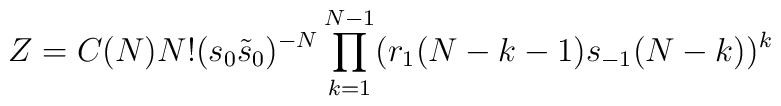
Z = C(N) N! (s_0 {\tilde{s}}_0)^{-N} \prod_{k=1}^{N-1}(r_{1}(N-k-1)s_{-1}(N-k))^{k}